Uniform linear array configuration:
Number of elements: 64
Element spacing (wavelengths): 1
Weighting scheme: uniform
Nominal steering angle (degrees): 45
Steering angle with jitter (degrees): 45.379
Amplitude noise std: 0.05
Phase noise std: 0.05

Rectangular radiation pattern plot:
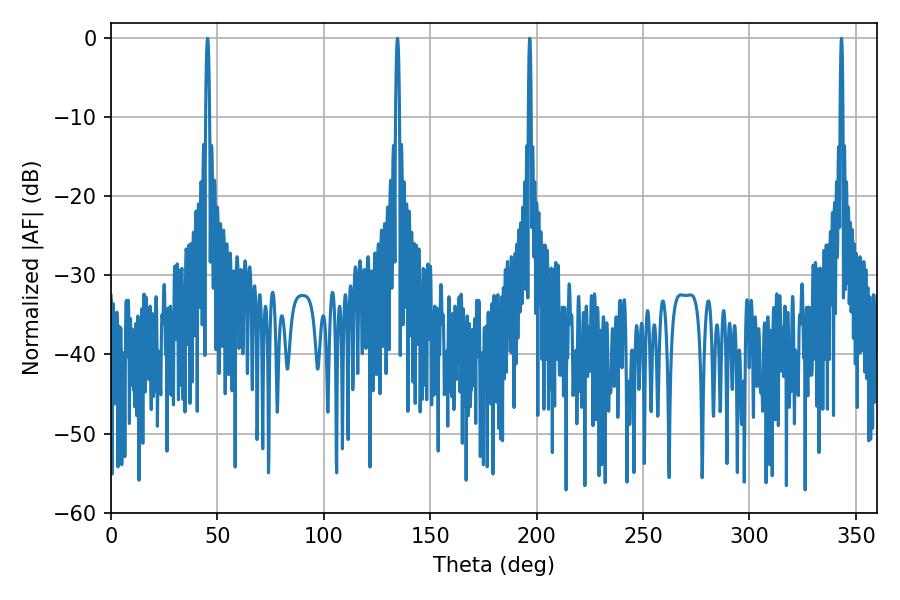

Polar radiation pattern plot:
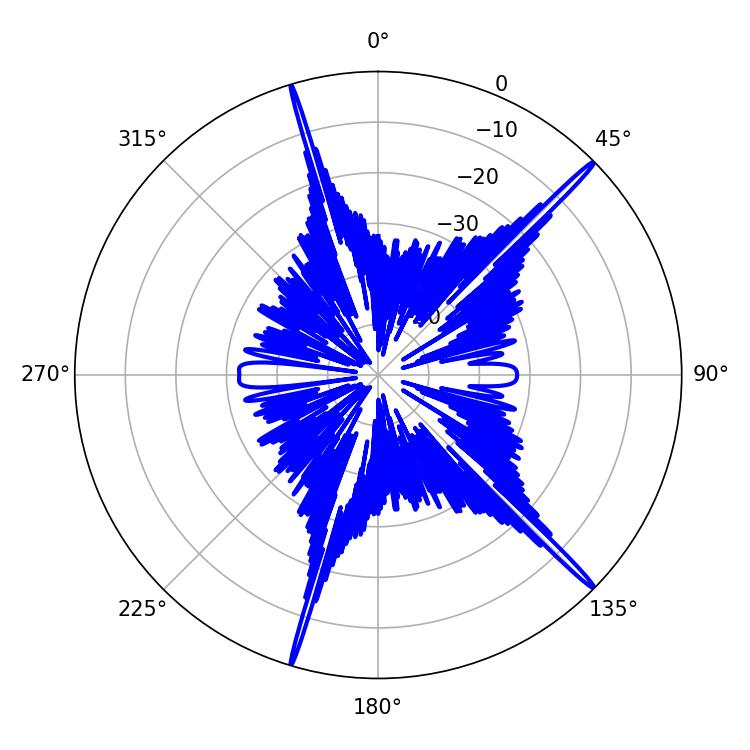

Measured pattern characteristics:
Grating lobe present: TRUE
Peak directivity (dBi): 19.553
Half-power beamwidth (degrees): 1.08
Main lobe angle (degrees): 134.64